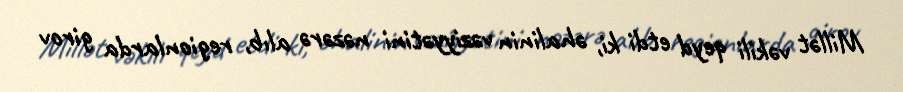
Millət vəkili qeyd etdi ki, əhalinin vəziyyətini nəzərə alıb, regionlarda girov